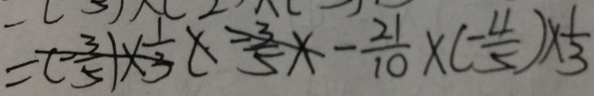
= ( - \frac { 3 } { 5 } ) \times \frac { 1 } { 3 } ( - \frac { 3 } { 5 } \times - \frac { 2 1 } { 1 0 } \times ( - \frac { 4 } { 5 } ) \times \frac { 1 } { 3 }